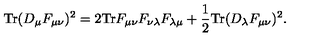
\mathrm { T r } ( D _ { \mu } F _ { \mu \nu } ) ^ { 2 } = 2 \mathrm { T r } F _ { \mu \nu } F _ { \nu \lambda } F _ { \lambda \mu } + \frac { 1 } { 2 } \mathrm { T r } ( D _ { \lambda } F _ { \mu \nu } ) ^ { 2 } .